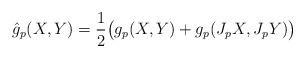
LaTeX: \begin{align*}\hat{g}_p(X,Y)=\frac{1}{2}\big(g_p(X,Y)+g_p(J_pX,J_pY)\big)\end{align*}